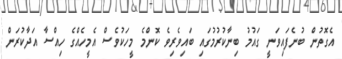
އެގޮތުން ބުނެފައިވަނީ ގައުމު ބިނާކުރުމުގައި ބައިވެރިވެ ކޮންމެ މީހަކުވެސް އެމީހެއްގެ ހިއްސާ އަދާކުރަން